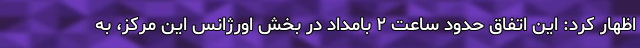
اظهار کرد: این اتفاق حدود ساعت ۲ بامداد در بخش اورژانس این مرکز، به